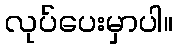
လုပ်ပေးမှာပါ။